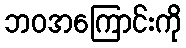
ဘဝအကြောင်းကို